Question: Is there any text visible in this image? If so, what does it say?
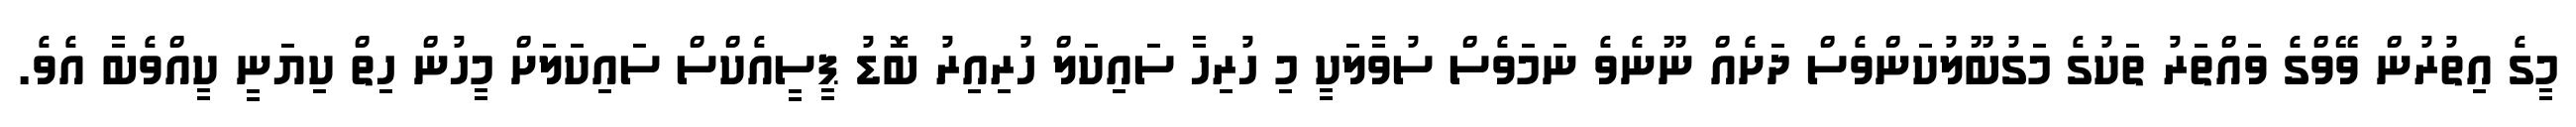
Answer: މީގެ އިތުރުން ވޭވްގެ ވައްތަރު ތަކުގެ މަގުބޫލުކަންވެސް ދަށެއް ނޫނެވެ ނަމަވެސް ސުވާލަކީ މި ހުރިހާ ސައިކަލް ހުރިއިރު ބޮޑު ޕީސީއެކްސް ސައިކަލަށް މީހުން ހިތް ކިޔަނީ ކީއްވެބާ އެވެ.